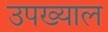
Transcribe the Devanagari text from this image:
उपख्याल